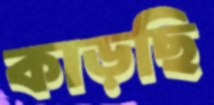
কাড়ছি